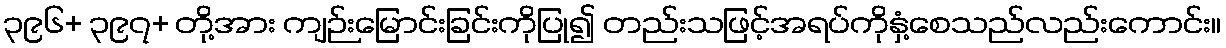
၃၉၆+ ၃၉၇+ တို့အား ကျဉ်းမြောင်းခြင်းကိုပြု၍ တည်းသဖြင့်အရပ်ကိုနှံ့စေသည်လည်းကောင်း။